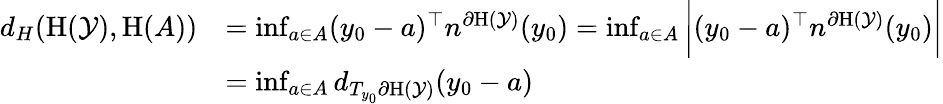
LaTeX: \begin{array}{rl}{d_{H}(\textrm{H}(\mathcal{Y}),\textrm{H}(A))}&{=\operatorname*{inf}_{a\in A}(y_{0}-a)^{\top}n^{\partial\textrm{H}(\mathcal{Y})}(y_{0})=\operatorname*{inf}_{a\in A}\bigg|(y_{0}-a)^{\top}n^{\partial\textrm{H}(\mathcal{Y})}(y_{0})\bigg|}\\ &{=\operatorname*{inf}_{a\in A}d_{T_{y_{0}}\partial\textrm{H}(\mathcal{Y})}(y_{0}-a)}\end{array}